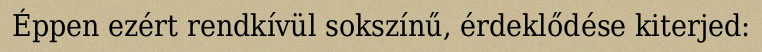
Éppen ezért rendkívül sokszínű, érdeklődése kiterjed: